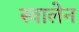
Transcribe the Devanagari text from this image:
स्वालेन